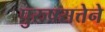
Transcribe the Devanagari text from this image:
पुरुषसत्तेने